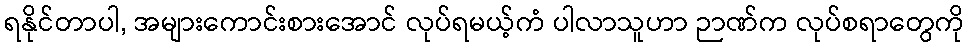
ရနိုင်တာပါ, အများကောင်းစားအောင် လုပ်ရမယ့်ကံ ပါလာသူဟာ ဉာဏ်က လုပ်စရာတွေကို